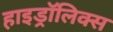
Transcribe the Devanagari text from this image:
हाइड्रॉलिक्स